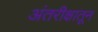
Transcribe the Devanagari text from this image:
अंतरीक्षातून